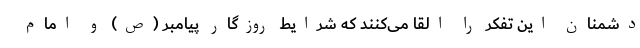
دشمنان این تفکر را القا می‌کنند که شرایط روزگار پیامبر (ص) و امام